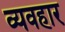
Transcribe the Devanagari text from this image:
व्यवहार